Source: Handwritten
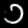
Digit: ၁ (1)